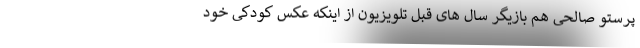
پرستو صالحی هم بازیگر سال های قبل تلویزیون از اینکه عکس کودکی خود